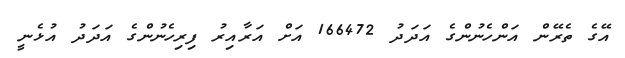
އޭގެ ތެރޭން އަންހެނުންގެ އަދަދު 166472 އަށް އަރާއިރު ފިރިހެނުންގެ އަދަދު އުޅެނީ